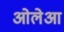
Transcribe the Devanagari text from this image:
ओलेआ